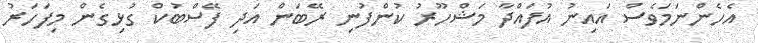
އެހެންނަމަވެސް އަައިނު އުފައްދާ މަޝްހޫރު ކުންފުނި ރޭބަން އަދި ފޭސްބުކް ގުޅިގެން މިފަހަރު